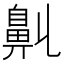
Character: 𪖑